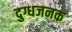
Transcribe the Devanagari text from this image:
दुग्धजनक